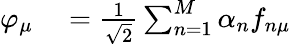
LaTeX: \begin{array}{rl}{\varphi_{\mu}}&{{}=\frac{1}{\sqrt{2}}\sum_{n=1}^{M}\alpha_{n}f_{n\mu}}\end{array}